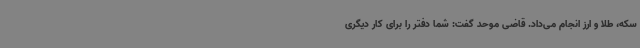
سکه، طلا و ارز انجام می‌داد. قاضی موحد گفت: شما دفتر را برای کار دیگری